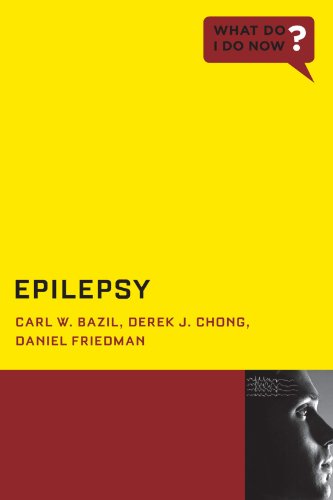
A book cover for Epilepsy (What Do I Do Now); Carl W. Bazil; Health, Fitness & Dieting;